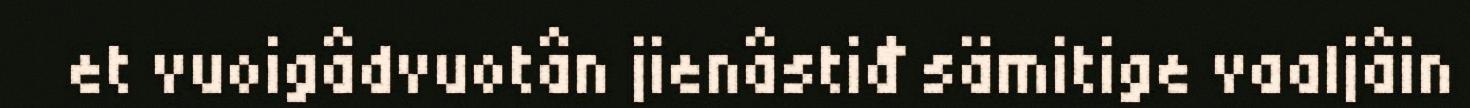
et vuoigâdvuotân jienâstiđ sämitige vaaljâin